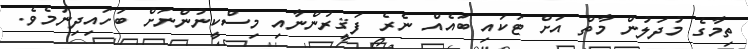
ތިމާގެ މުދަލުން މާތް އަށް ޓަކައި ބައެއް ނެރެ ފަޤީރުންނާއި މިސްކީނުންނަށް ބަހައިދިނުމެވެ.